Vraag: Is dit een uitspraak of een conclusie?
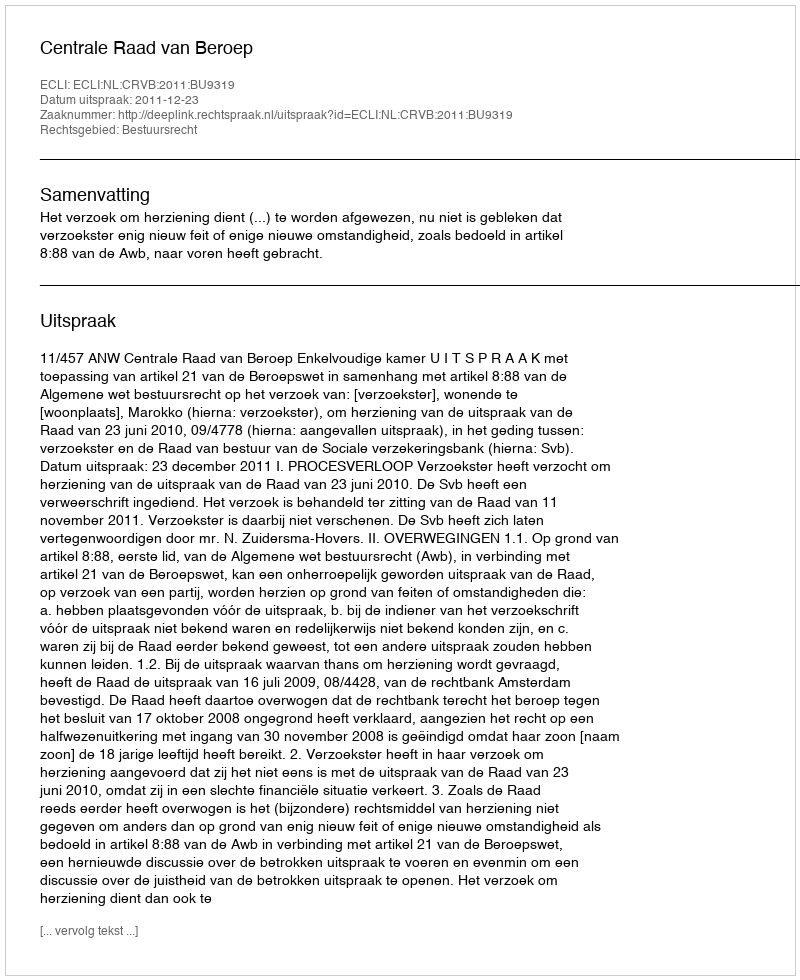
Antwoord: Uitspraak